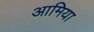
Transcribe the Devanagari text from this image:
आमिया